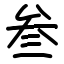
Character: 叁